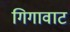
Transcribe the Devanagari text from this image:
गिगावाट